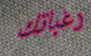
رغباتك